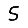
Digit: 5